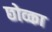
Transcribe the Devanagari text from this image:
छोव्का